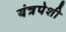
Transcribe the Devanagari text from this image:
यंत्रपेशी